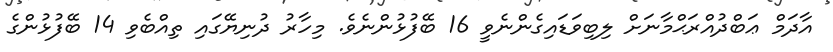
އާދަމް ޢަބްދުއްރަޙްމާނަށް ލިބިވަޑައިގެންނެވީ 16 ބޭފުޅުންނެވެ. މިހާރު ދުނިޔޭގައި ތިއްބެވި 14 ބޭފުޅުންގެ